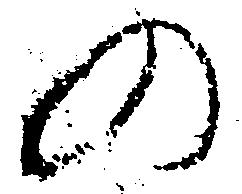
の